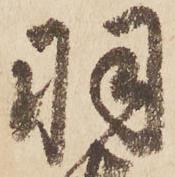
羽